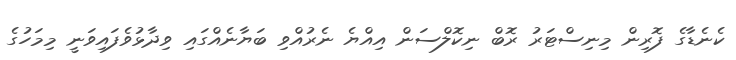
ކެނެޑާގެ ފޮރިން މިނިސްޓަރު ރޮބް ނިކޮލްސަން އިއްޔެ ނެރުއްވި ބަޔާނެއްގައި ވިދާޅުވެފައިވަނީ މިމަހުގެ